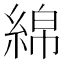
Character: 綿